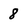
Character: 8